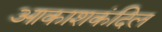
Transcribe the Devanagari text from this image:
आकाशकंदिल